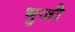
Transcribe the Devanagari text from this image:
भुजौ